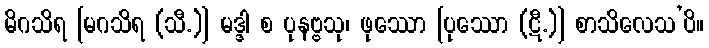
မိဂသိရ [မဂသိရ (သီ.)] မဒ္ဒါ စ ပုနဗ္ဗသု၊ ဖုဿော [ပုဿော (ဋီ.)] စာသိလေသ’ပိ။